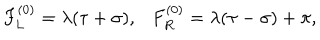
LaTeX: F _ { L } ^ { ( 0 ) } = \lambda ( \tau + \sigma ) , F _ { R } ^ { ( 0 ) } = \lambda ( \tau - \sigma ) + \pi ,